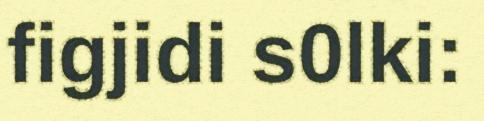
figjidi s0lki: